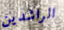
الراشدين